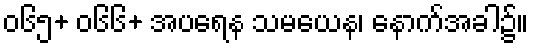
၀၆၅+ ၀၆၆+ အပရေန သမယေန၊ နောက်အခါ၌။